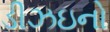
ડીઝઇનો